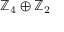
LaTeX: \mathbb { Z } _ { 4 } \oplus \mathbb { Z } _ { 2 }